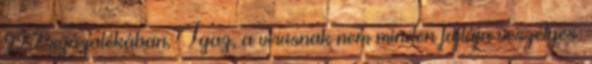
99,7 százalékában. Igaz, a vírusnak nem minden fajtája veszélyes: